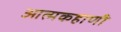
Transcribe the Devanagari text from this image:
आत्मकहाणी